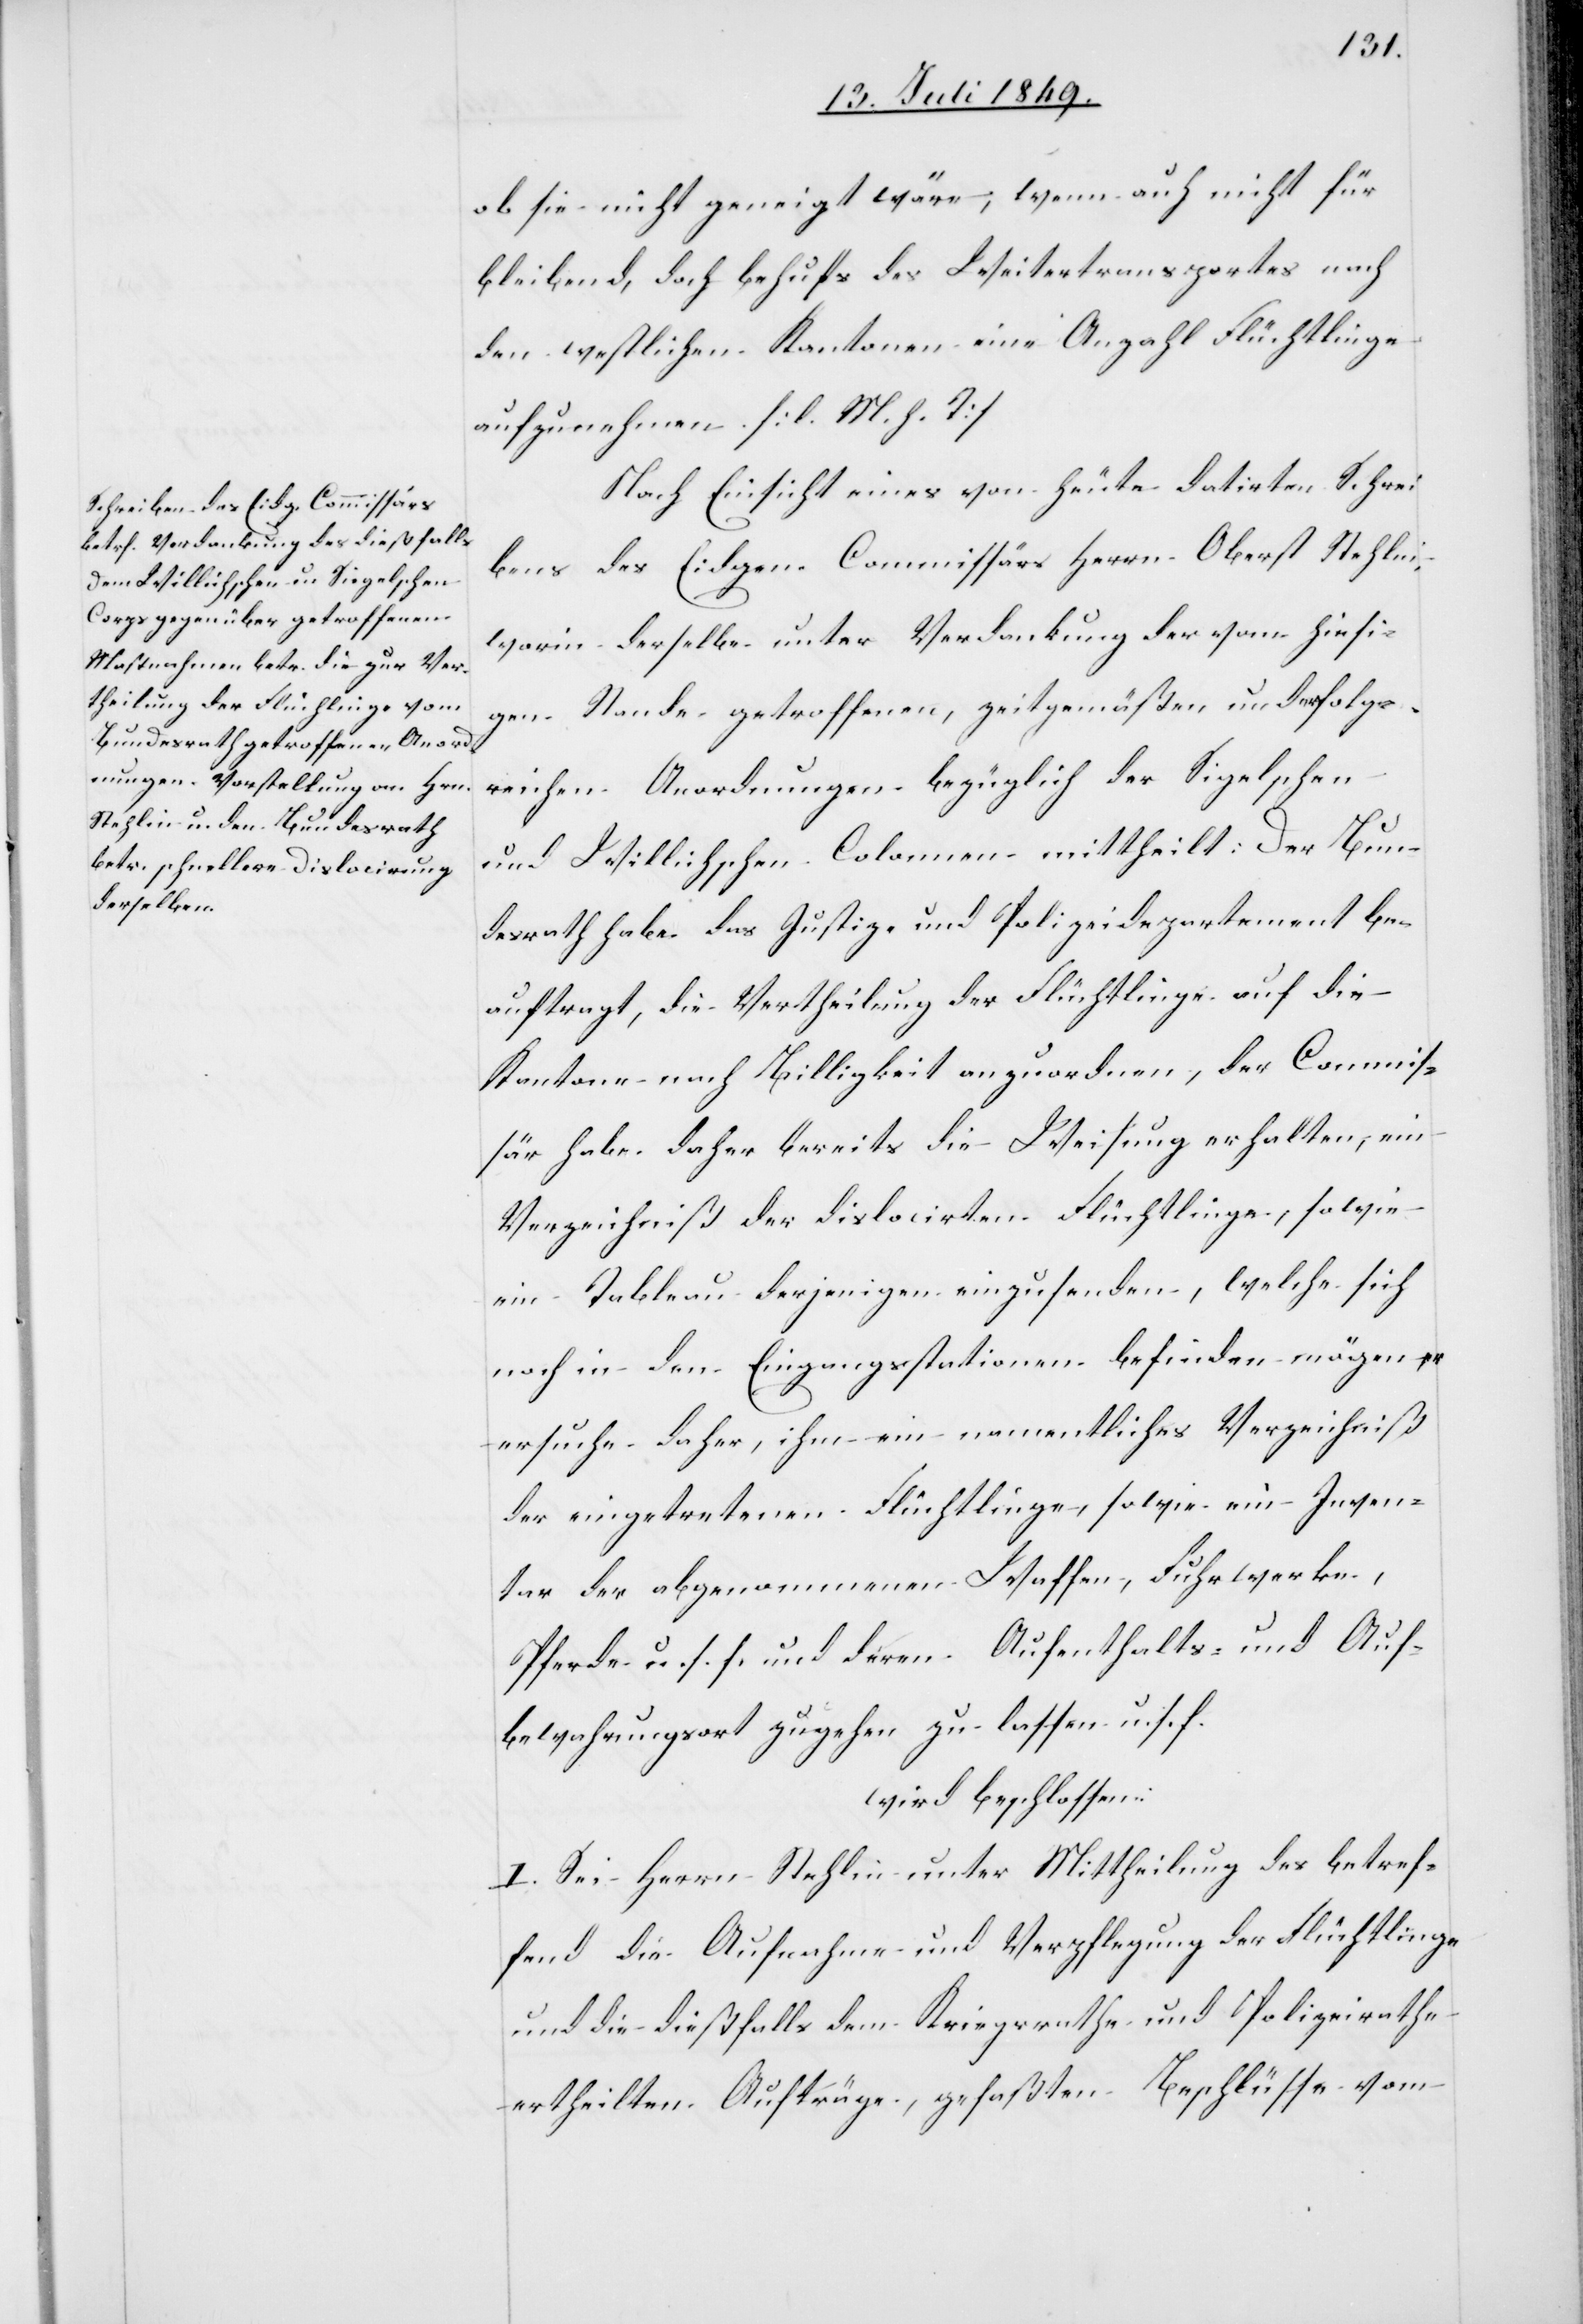
ob sie nicht geneigt wäre, wenn auch nicht für
bleibend, doch behufs des Weitertransportes nach
den westlichen Kantonen eine Anzahl Flüchtlinge
aufzunehmen. [l. M. h. T]
Nach Einsicht eines von heute datirten Schrei¬
bens des Eidgen. Commissärs Herrn Oberst Stehlin,
worin derselbe unter Verdankung der vom hiesi¬
gen Stande getroffenen, zeitgemäßen und erfolg¬
reichen Anordnungen bezüglich der Sigelschen
und Willichschen Colonnen mittheilt: Der Bun¬
desrath habe das Justiz- und Polizeidepartement be¬
auftragt, die Vertheilung der Flüchtlinge auf die
Kantone nach Billigkeit anzuordnen, der Commis¬
sär habe daher bereits die Weisung erhalten, ein
Verzeichniß der dislocirten Flüchtlinge, sowie
ein Tableau derjenigen einzusenden, welche sich
noch in den Eingangsstationen befinden mögen
ersuche daher, ihm ein namentliches Verzeichniß
der eingetretenen Flüchtlinge, sowie ein Inven¬
tar der abgenommenen Waffen, Fuhrwerke,
Pferde u. s. f. und deren Aufenthalts- und Auf¬
bewahrungsort zugehen zu lassen u. s. f.
wird beschlossen:
I. Sei Herrn Stehlin unter Mittheilung des betref¬
fend die Aufnahme und Verpflegung der Flüchtlinge
und die dießfalls dem Kriegsrathe und Polizeirathe
ertheilten Aufträge, gefaßten Beschlüsse vom